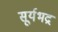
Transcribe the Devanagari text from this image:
सूर्यभद्र